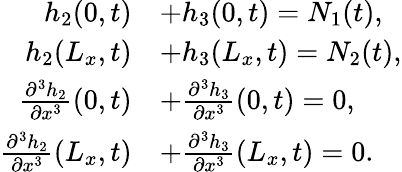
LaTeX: \begin{array}{rl}{h_{2}(0,t)}&{+h_{3}(0,t)=N_{1}(t),}\\ {h_{2}(L_{x},t)}&{+h_{3}(L_{x},t)=N_{2}(t),}\\ {\frac{\partial^{3}h_{2}}{\partial x^{3}}(0,t)}&{+\frac{\partial^{3}h_{3}}{\partial x^{3}}(0,t)=0,}\\ {\frac{\partial^{3}h_{2}}{\partial x^{3}}(L_{x},t)}&{+\frac{\partial^{3}h_{3}}{\partial x^{3}}(L_{x},t)=0.}\end{array}